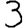
Digit: 3